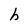
Character: h